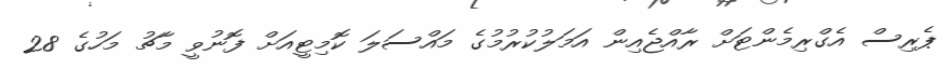
ޕެރިސް އެގްރިމެންޓަށް ރާއްޖެއިން އަމަލުކުރުމުގެ މައްސަލަ ކޮމިޓީއަށް ފޮނުވީ މާޗު މަހުގެ 28